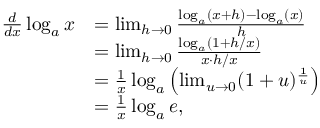
{ \begin{array} { r l } { { \frac { d } { d x } } \log _ { a } x } & { = \operatorname* { l i m } _ { h \to 0 } { \frac { \log _ { a } ( x + h ) - \log _ { a } ( x ) } { h } } } \\ & { = \operatorname* { l i m } _ { h \to 0 } { \frac { \log _ { a } ( 1 + h / x ) } { x \cdot h / x } } } \\ & { = { \frac { 1 } { x } } \log _ { a } \left( \operatorname* { l i m } _ { u \to 0 } ( 1 + u ) ^ { \frac { 1 } { u } } \right) } \\ & { = { \frac { 1 } { x } } \log _ { a } e , } \end{array} }